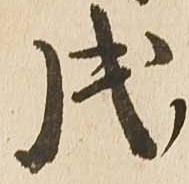
戌